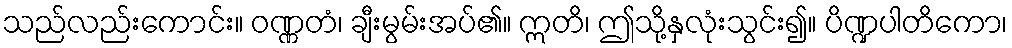
သည်လည်းကောင်း။ ဝဏ္ဏတံ၊ ချီးမွမ်းအပ်၏။ ဣတိ၊ ဤသို့နှလုံးသွင်း၍။ ပိဏ္ဍပါတိကော၊